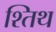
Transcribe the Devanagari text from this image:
श्तिथ